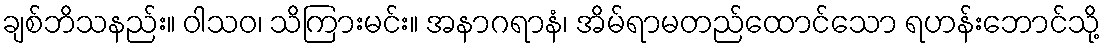
ချစ်ဘိသနည်း။ ဝါသဝ၊ သိကြားမင်း။ အနာဂရာနံ၊ အိမ်ရာမတည်ထောင်သော ရဟန်းဘောင်သို့